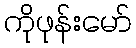
ကိုဖုန်းမော်